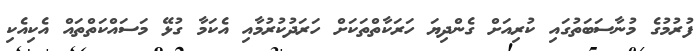
ފުރުމުގެ މުނާސަބަތުގައި ކުރިއަށް ގެންދިޔަ ހަރަކާތްތަކަށް ހަރަދުކުރުމާއި އެކަމާ ގުޅޭ މަސައްކަތްތައް އެކިއެކި